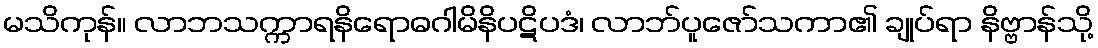
မသိကုန်။ လာဘသက္ကာရနိရောဓဂါမိနိပဋိပဒံ၊ လာဘ်ပူဇော်သကာ၏ ချုပ်ရာ နိဗ္ဗာန်သို့